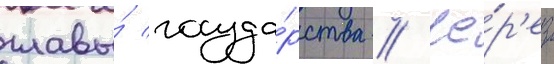
главы́ госуда́рства // Че́р'ез